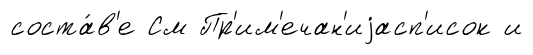
соста́в'е См Пр'им'ечан'иjасп'исок и